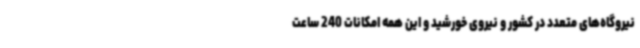
نیروگاه‌های متعدد در کشور و نیروی خورشید و این همه امکانات 240 ساعت